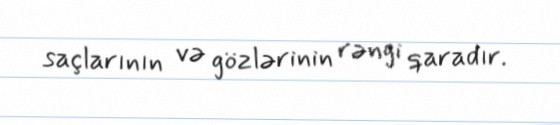
saçlarının və gözlərinin rəngi qaradır.